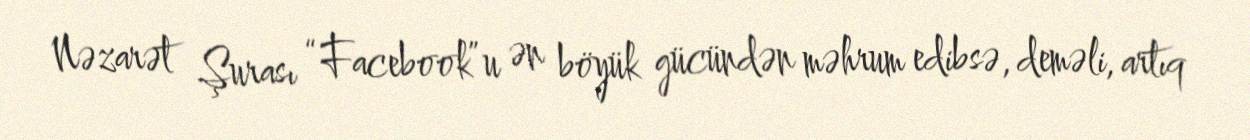
Nəzarət Şurası “Facebook”u ən böyük gücündən məhrum edibsə, deməli, artıq